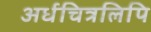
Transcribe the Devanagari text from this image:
अर्धचित्रलिपि